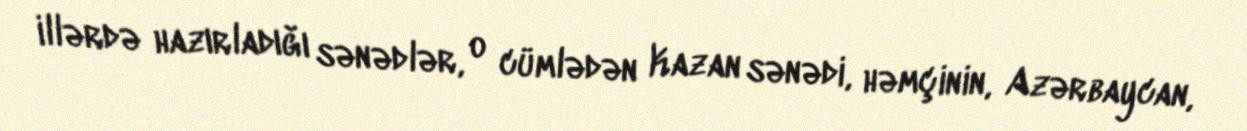
illərdə hazırladığı sənədlər, o cümlədən Kazan sənədi, həmçinin, Azərbaycan,